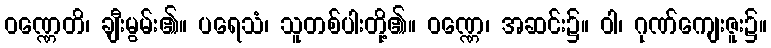
ဝဏ္ဏေတိ၊ ချီးမွမ်း၏။ ပရေသံ၊ သူတစ်ပါးတို့၏။ ဝဏ္ဏေ၊ အဆင်း၌။ ဝါ၊ ဂုဏ်ကျေးဇူး၌။